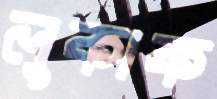
লুকাক